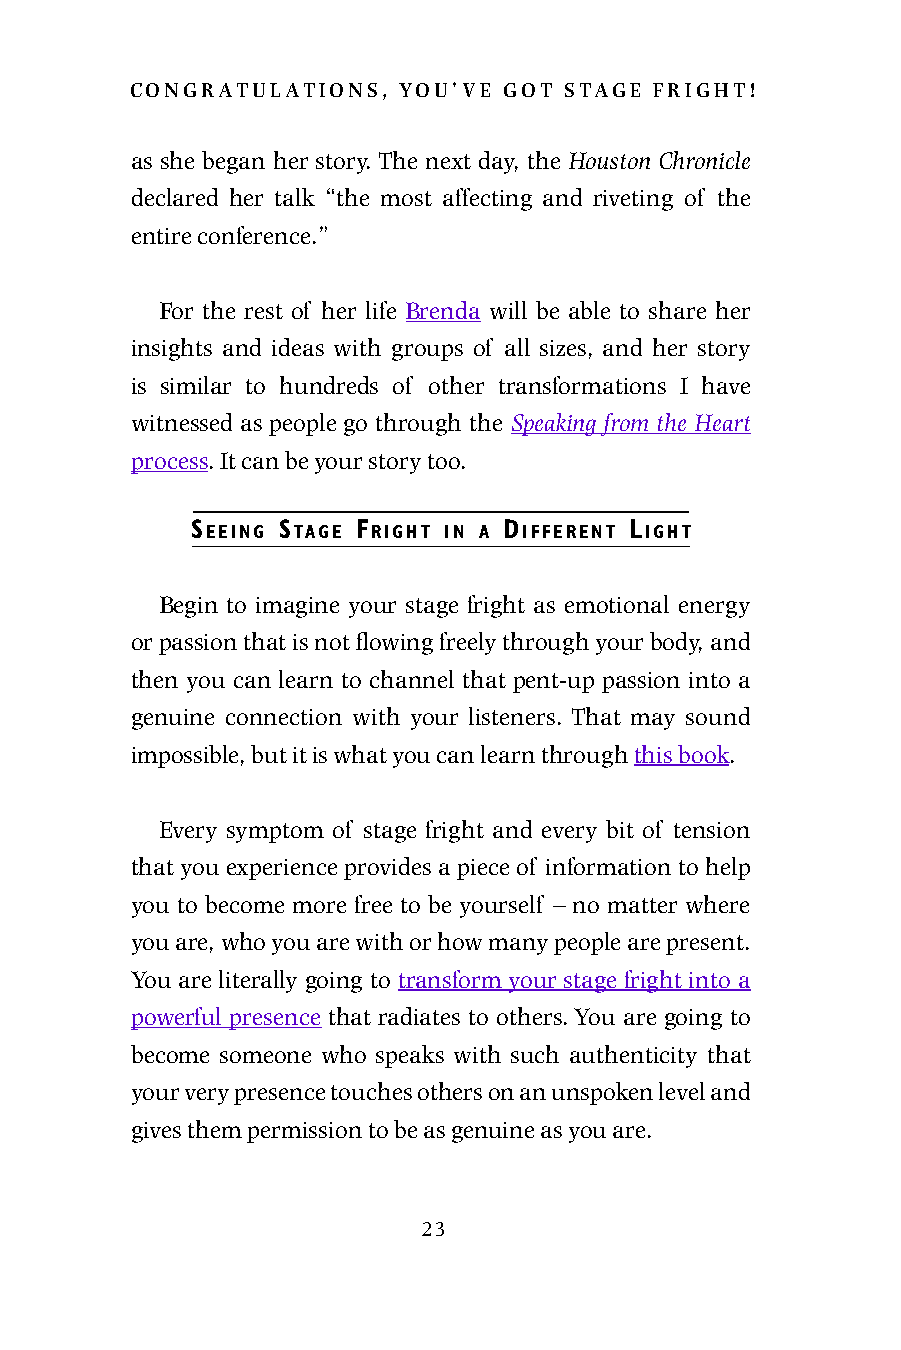
congratulations, you’ve got stage fright!
 as she began her story. The next day, the Houston Chronicle
 declared her talk “the most affecting and riveting of the
 entire conference.”
 For the rest of her life Brenda will be able to share her
 insights and ideas with groups of all sizes, and her story
 is similar to hundreds of other transformations I have
 witnessed as people go through the Speaking from the Heart
 process. It can be your story too.
 Seeing Stage Fright in a DiFFerent Light
 Begin to imagine your stage fright as emotional energy
 or passion that is not flowing freely through your body, and
 then you can learn to channel that pent-up passion into a
 genuine connection with your listeners. That may sound
 impossible, but it is what you can learn through this book.
 Every symptom of stage fright and every bit of tension
 that you experience provides a piece of information to help
 you to become more free to be yourself – no matter where
 you are, who you are with or how many people are present.
 You are literally going to transform your stage fright into a
 powerful presence that radiates to others. You are going to
 become someone who speaks with such authenticity that
 your very presence touches others on an unspoken level and
 gives them permission to be as genuine as you are.
 23